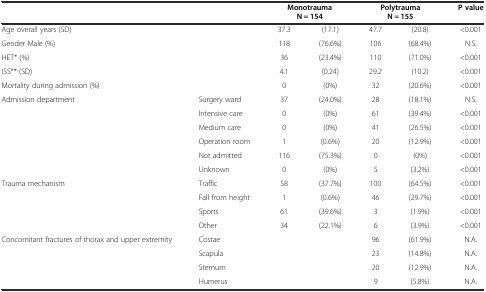
| <COLSPAN=2>  | <COLSPAN=2> Monotrauma N = 154 | <COLSPAN=2> Polytrauma N = 155 | P value |
 | --- | --- | --- | --- | --- | --- | --- |
 | <COLSPAN=2> Age overall years (SD) | 37.3 | (17.1) | 47.7 | (20.8) | <0.001 |
 | <COLSPAN=2> Gender Male (%) | 118 | (76.6%) | 106 | (68.4%) | N.S. |
 | <COLSPAN=2> HET* (%) | 36 | (23.4%) | 110 | (71.0%) | <0.001 |
 | <COLSPAN=2> ISS** (SD) | 4.1 | (0.24) | 29.2 | (10.2) | <0.001 |
 | <COLSPAN=2> Mortality during admission (%) | 0 | (0%) | 32 | (20.6%) | <0.001 |
 | Admission department | Surgery ward | 37 | (24.0%) | 28 | (18.1%) | N.S. |
 |  | Intensive care | 0 | (0%) | 61 | (39.4%) | <0.001 |
 |  | Medium care | 0 | (0%) | 41 | (26.5%) | <0.001 |
 |  | Operation room | 1 | (0.6%) | 20 | (12.9%) | <0.001 |
 |  | Not admitted | 116 | (75.3%) | 0 | (0%) | <0.001 |
 |  | Unknown | 0 | (0%) | 5 | (3.2%) | <0.001 |
 | Trauma mechanism | Traffic | 58 | (37.7%) | 100 | (64.5%) | <0.001 |
 |  | Fall from height | 1 | (0.6%) | 46 | (29.7%) | <0.001 |
 |  | Sports | 61 | (39.6%) | 3 | (1.9%) | <0.001 |
 |  | Other | 34 | (22.1%) | 6 | (3.9%) | <0.001 |
 | <ROWSPAN=3> Concomitant fractures of thorax and upper extremity | Costae |  |  | 96 | (61.9%) | N.A. |
 | Scapula |  |  | 23 | (14.8%) | N.A. |
 | Sternum |  |  | 20 | (12.9%) | N.A. |
 |  | Humerus |  |  | 9 | (5.8%) | N.A. |